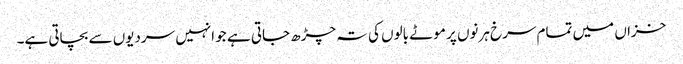
خزاں میں تمام سرخ ہرنوں پر موٹے بالوں کی تہ چڑھ جاتی ہے جو انہیں سردیوں سے بچاتی ہے۔